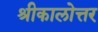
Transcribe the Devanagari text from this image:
श्रीकालोत्तर